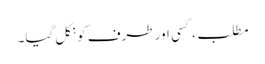
مطلب، کسی اور طرف کو نکل گیا۔